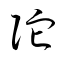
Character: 阤